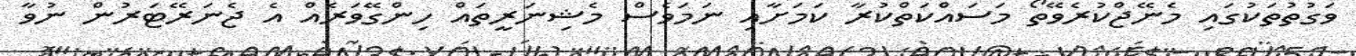
ވަގުތުތަކުގައި މެނޭޖްކުރެވޭތޯ މަސައްކަތްކުރާ ކަމަށާއި ނަމަވެސް މެޝިނަރީތައް ހިންގޭވަރެއް އެ ޖެނަރޭޓަރުން ނުވާ